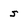
Character: s